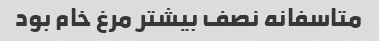
متاسفانه نصف بیشتر مرغ خام بود